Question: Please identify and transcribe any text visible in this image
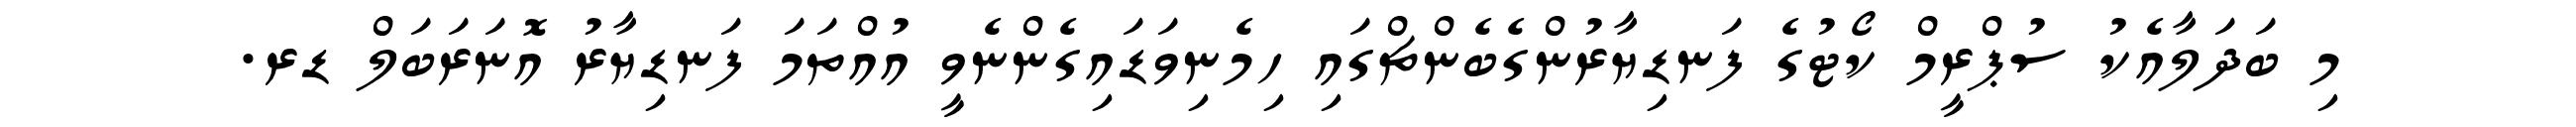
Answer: މި ބަދަލާއެކު ސުޕްރީމް ކޯޓުގެ ފަނޑިޔާރުންގެބެންޗްގައި ހިމެނިވަޑައިގެންނެވީ އުއްތަމަ ފަނޑިޔާރު އޮނަރަބަލް ޑރ.